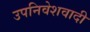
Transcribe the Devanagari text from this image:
उपनिवेशवादी